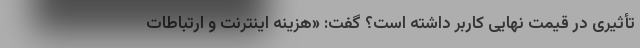
تأثیری در قیمت نهایی کاربر داشته است؟ گفت: «هزینه اینترنت و ارتباطات